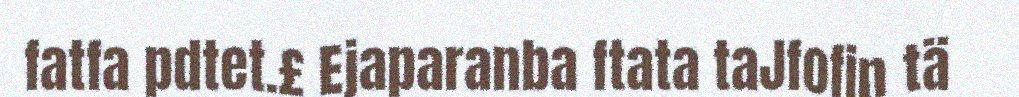
fatfa pdtet.£ Ejaparanba ftata taJfofin tä